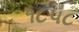
૧૮૫૮